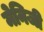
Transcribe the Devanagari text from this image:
मेनिजी